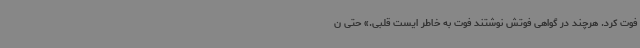
فوت کرد. هرچند در گواهی فوتش نوشتند فوت به خاطر ایست قلبی.» حتی ن